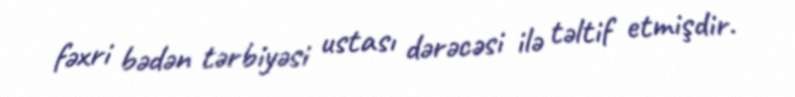
fəxri bədən tərbiyəsi ustası dərəcəsi ilə təltif etmişdir.